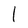
Character: 1